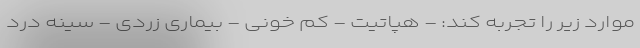
موارد زیر را تجربه کند: - هپاتیت - کم خونی - بیماری زردی - سینه درد